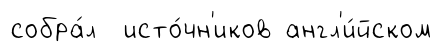
собра́л исто́чн'иков англ'и́йском